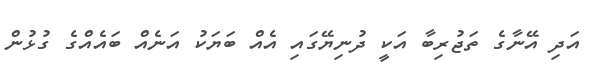
އަދި އޭނާގެ ތަޖުރިބާ އަކީ ދުނިޔޭގައި އެއް ބަޔަކު އަނެއް ބައެއްގެ ގުޅުން